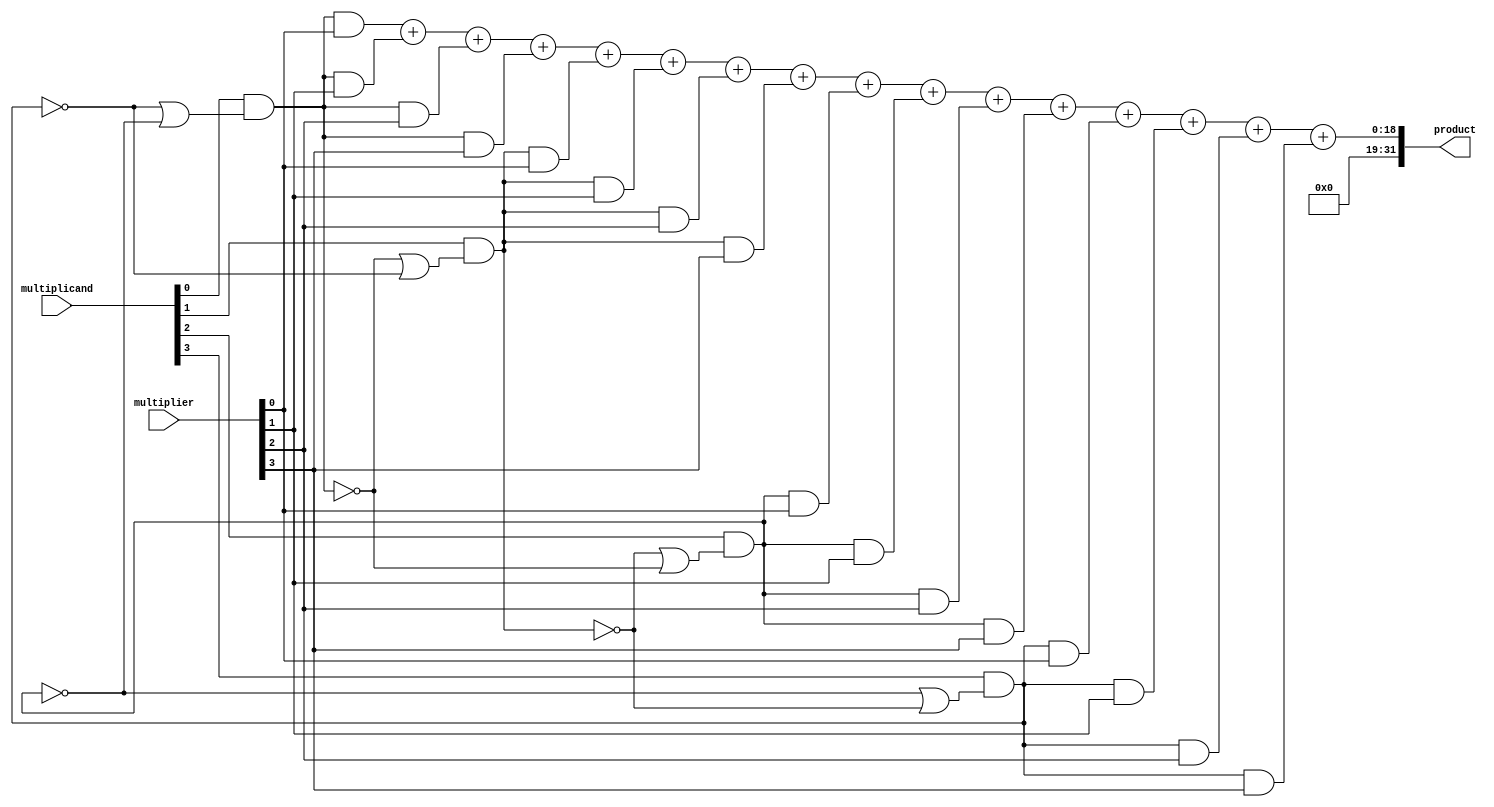
module Radix4_Multiplier (
    input [15:0] multiplicand,
    input [15:0] multiplier,
    output reg [31:0] product
);

reg [3:0] a, b, m0, m1, m2, m3;
reg [5:0] partial_product [3:0][3:0];

always @* begin
    a = multiplicand;
    b = multiplier;
    m0 = a[0] & (~m3 | ~m2);
    m1 = a[1] & (~m0 | ~m3);
    m2 = a[2] & (~m1 | ~m0);
    m3 = a[3] & (~m2 | ~m1);

    partial_product[0][0] = m0 & b[0];
    partial_product[0][1] = m0 & b[1];
    partial_product[0][2] = m0 & b[2];
    partial_product[0][3] = m0 & b[3];

    partial_product[1][0] = m1 & b[0];
    partial_product[1][1] = m1 & b[1];
    partial_product[1][2] = m1 & b[2];
    partial_product[1][3] = m1 & b[3];

    partial_product[2][0] = m2 & b[0];
    partial_product[2][1] = m2 & b[1];
    partial_product[2][2] = m2 & b[2];
    partial_product[2][3] = m2 & b[3];

    partial_product[3][0] = m3 & b[0];
    partial_product[3][1] = m3 & b[1];
    partial_product[3][2] = m3 & b[2];
    partial_product[3][3] = m3 & b[3];

    product = partial_product[0][0] + partial_product[0][1] + partial_product[0][2] + partial_product[0][3]
            + partial_product[1][0] + partial_product[1][1] + partial_product[1][2] + partial_product[1][3]
            + partial_product[2][0] + partial_product[2][1] + partial_product[2][2] + partial_product[2][3]
            + partial_product[3][0] + partial_product[3][1] + partial_product[3][2] + partial_product[3][3];
end

endmodule